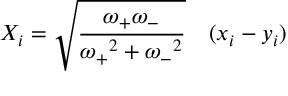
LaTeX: X _ { i } = { \sqrt { \frac { \omega _ { + } \omega _ { - } } { { \omega _ { + } } ^ { 2 } + { \omega _ { - } } ^ { 2 } } } } \quad ( x _ { i } - y _ { i } )